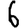
Digit: 6